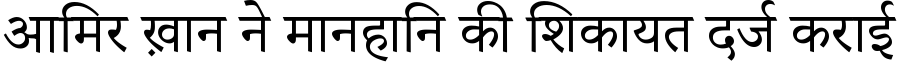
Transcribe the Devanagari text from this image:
आमिर ख़ान ने मानहानि की शिकायत दर्ज कराई